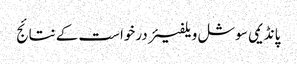
پانڈیمی سوشل ویلفیئر درخواست کے نتائج